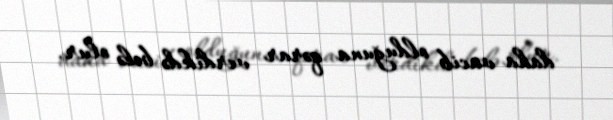
daha vacib olduğuna qərar verdikdə belə olur.